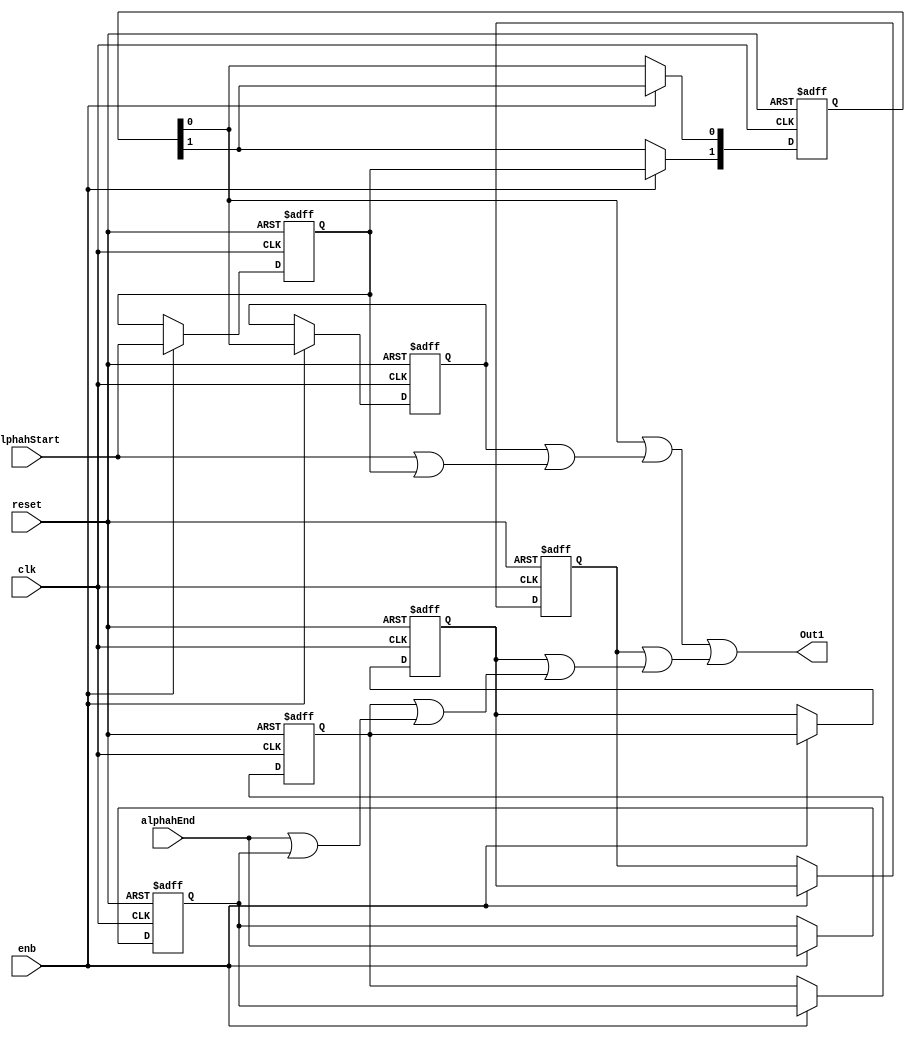
// -------------------------------------------------------------
// 
// 
// Generated by MATLAB 9.13 and HDL Coder 4.0
// 
// -------------------------------------------------------------


// -------------------------------------------------------------
// 
// Module: Subsystem
// Source Path: BlobAnalysisHDL/BlobDetector/CCA_Algorithm/cca/Subsystem
// Hierarchy Level: 3
// 
// -------------------------------------------------------------

`timescale 1 ns / 1 ns

module Subsystem
          (clk,
           reset,
           enb,
           alphahStart,
           alphahEnd,
           Out1);


  input   clk;
  input   reset;
  input   enb;
  input   alphahStart;
  input   alphahEnd;
  output  Out1;


  reg  Delay_out1;
  reg  [0:1] Delay2_reg;  // ufix1 [2]
  wire [0:1] Delay2_reg_next;  // ufix1 [2]
  wire Delay2_out1;
  reg  Delay3_out1;
  wire OR2_out1;
  reg  Delay4_out1;
  reg  Delay5_out1;
  reg  Delay6_out1;
  reg  Delay7_out1;
  wire OR3_out1;
  wire OR6_out1;


  always @(posedge clk or posedge reset)
    begin : Delay_process
      if (reset == 1'b1) begin
        Delay_out1 <= 1'b0;
      end
      else begin
        if (enb) begin
          Delay_out1 <= alphahStart;
        end
      end
    end



  always @(posedge clk or posedge reset)
    begin : Delay2_process
      if (reset == 1'b1) begin
        Delay2_reg[0] <= 1'b0;
        Delay2_reg[1] <= 1'b0;
      end
      else begin
        if (enb) begin
          Delay2_reg[0] <= Delay2_reg_next[0];
          Delay2_reg[1] <= Delay2_reg_next[1];
        end
      end
    end

  assign Delay2_out1 = Delay2_reg[1];
  assign Delay2_reg_next[0] = Delay_out1;
  assign Delay2_reg_next[1] = Delay2_reg[0];



  always @(posedge clk or posedge reset)
    begin : Delay3_process
      if (reset == 1'b1) begin
        Delay3_out1 <= 1'b0;
      end
      else begin
        if (enb) begin
          Delay3_out1 <= Delay2_out1;
        end
      end
    end



  assign OR2_out1 = Delay2_out1 | (Delay3_out1 | (alphahStart | Delay_out1));



  always @(posedge clk or posedge reset)
    begin : Delay4_process
      if (reset == 1'b1) begin
        Delay4_out1 <= 1'b0;
      end
      else begin
        if (enb) begin
          Delay4_out1 <= alphahEnd;
        end
      end
    end



  always @(posedge clk or posedge reset)
    begin : Delay5_process
      if (reset == 1'b1) begin
        Delay5_out1 <= 1'b0;
      end
      else begin
        if (enb) begin
          Delay5_out1 <= Delay4_out1;
        end
      end
    end



  always @(posedge clk or posedge reset)
    begin : Delay6_process
      if (reset == 1'b1) begin
        Delay6_out1 <= 1'b0;
      end
      else begin
        if (enb) begin
          Delay6_out1 <= Delay5_out1;
        end
      end
    end



  always @(posedge clk or posedge reset)
    begin : Delay7_process
      if (reset == 1'b1) begin
        Delay7_out1 <= 1'b0;
      end
      else begin
        if (enb) begin
          Delay7_out1 <= Delay6_out1;
        end
      end
    end



  assign OR3_out1 = Delay7_out1 | (Delay6_out1 | (Delay5_out1 | (alphahEnd | Delay4_out1)));



  assign OR6_out1 = OR2_out1 | OR3_out1;



  assign Out1 = OR6_out1;

endmodule  // Subsystem